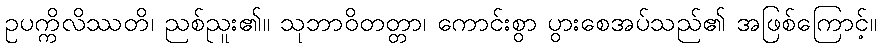
ဥပက္ကိလိဿတိ၊ ညစ်ညူး၏။ သုဘာဝိတတ္တာ၊ ကောင်းစွာ ပွားစေအပ်သည်၏ အဖြစ်ကြောင့်။